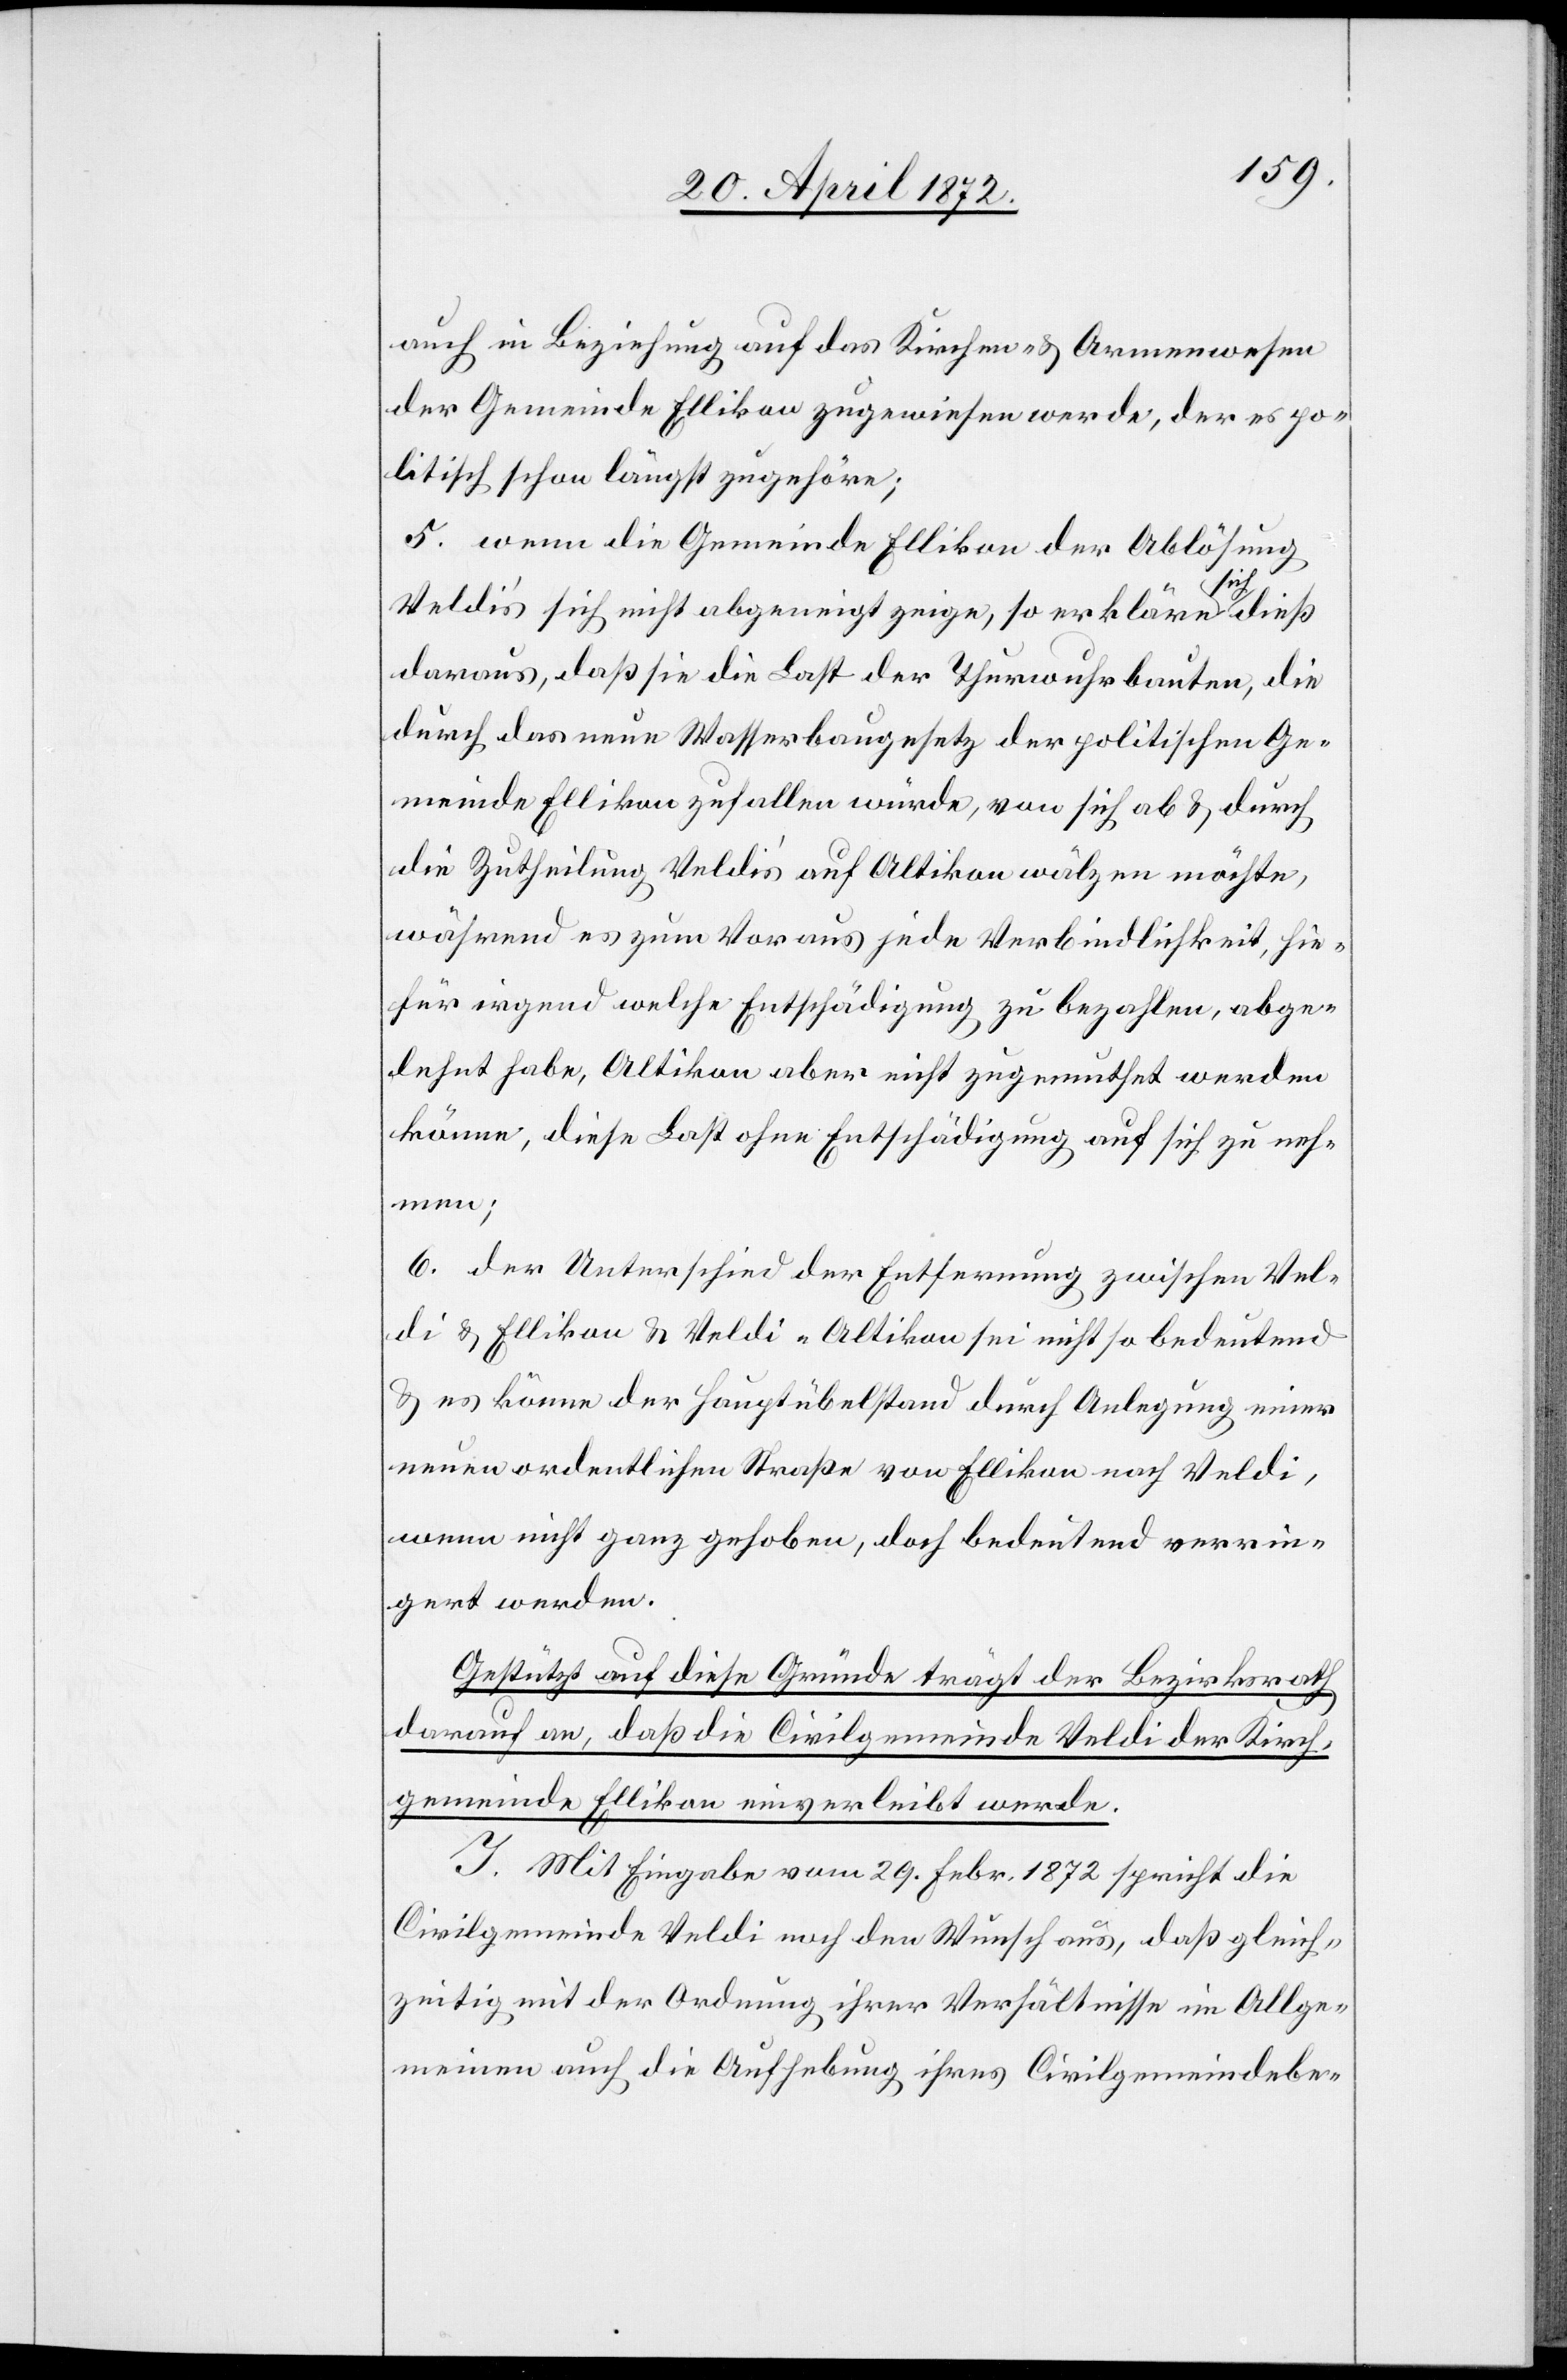
auch in Beziehung auf das Kirchen- u. Armenwesen
der Gemeinde Ellikon zugewiesen werde, der es po¬
litisch schon längst zugehöre;
5. wenn die Gemeinde Ellikon der Ablösung
Veldi’s sich nicht abgeneigt zeige, so erkläre sich dieß
daraus, daß sie die Last der Thurwuhrbauten, die
durch das neue Wasserbaugesetz der politischen Ge¬
meinde Ellikon zufallen würde, von sich ab u. durch
die Zutheilung Veldi’s auf Altikon wälzen möchte,
während es zum Voraus jede Verbindlichkeit, hie¬
für irgendwelche Entschädigung zu bezahlen, abge¬
lehnt habe, Altikon aber nicht zugemuthet werden
könne, diese Last ohne Entschädigung auf sich zu neh¬
men;
6. der Unterschied der Entfernung zwischen Vel¬
di u. Ellikon u. Veldi–Altikon sei nicht so bedeutend
u. es könne der Hauptübelstand durch Anlegung einer
neuen ordentlichen Straße von Ellikon nach Veldi,
wenn nicht ganz gehoben, doch bedeutend verrin¬
gert werden.
Gestützt auf diese Gründe trägt der Bezirksrath
darauf an, daß die Civilgemeinde Veldi der Kirch¬
gemeinde Ellikon einverleibt werde.
I. Mit Eingabe vom 29. Febr. 1872 spricht die
Civilgemeinde Veldi noch den Wunsch aus, daß gleich¬
zeitig mit der Ordnung ihrer Verhältnisse im Allge¬
meinen auch die Aufhebung ihres Civilgemeindebe-